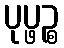
ပုပ္ဖဉ္စ